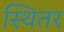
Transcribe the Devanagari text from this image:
स्थितर